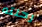
رحلته